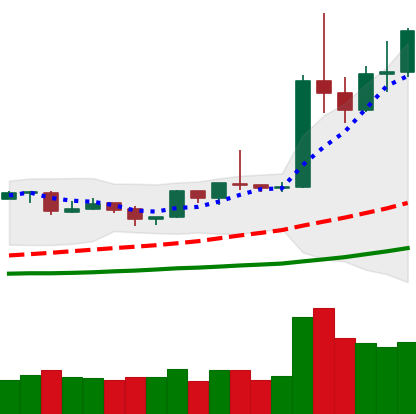
Ticker: ETH-USD
Chart end date: 2019-04-07
Forward return: -5.612%
Label: down_5_7